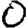
Digit: 0